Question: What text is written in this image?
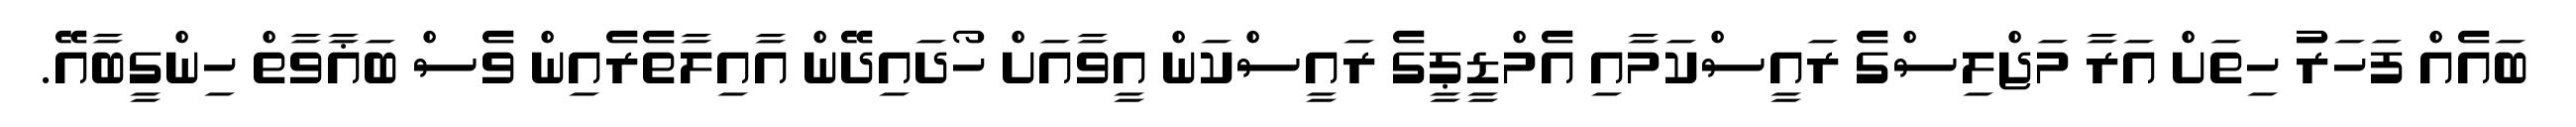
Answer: ބައެއް ފަހަރު ހިތަށް އަރާ މަޖްލިސްގެ ރައީސްކަމާއި އެމްޑީޕީގެ ރައީސްކަން އީވާއަށް ހޯދައިދޭން އާއިލާތެރެއިން ވެސް ބަޣާވާތް ހިންގީބާއޭ.